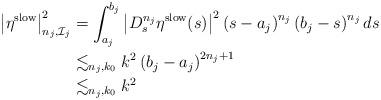
LaTeX: \begin{align*}\left| \eta^{\rm slow} \right|_{n_j,\mathcal{I}_j}^2& = \int_{a_j}^{b_j} \left| D^{n_j}_s \eta^{\rm slow}(s) \right|^2 \left( s -a_j \right)^{n_j} \left( b_j-s \right)^{n_j} ds\\& \lesssim_{n_j,k_0} k^2 \left( b_j -a_j \right)^{2n_j+1}\\& \lesssim_{n_j,k_0} k^2\end{align*}